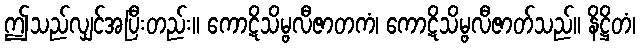
ဤသည်လျှင်အပြီးတည်း။ ကောဋိသိမ္ဗလီဇာတကံ၊ ကောဋိသိမ္ဗလီဇာတ်သည်။ နိဋ္ဌိတံ၊